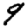
Digit: 9